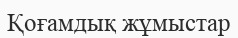
Қоғамдық жұмыстар